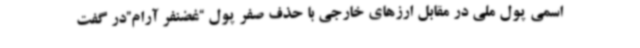
اسمی پول ملی در مقابل ارزهای خارجی با حذف صفر پول “غضنفر آرام”در گفت